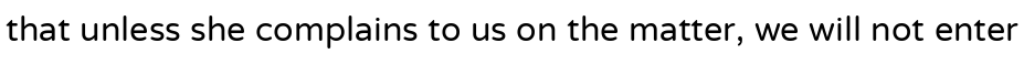
that unless she complains to us on the matter, we will not enter